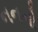
નનનો